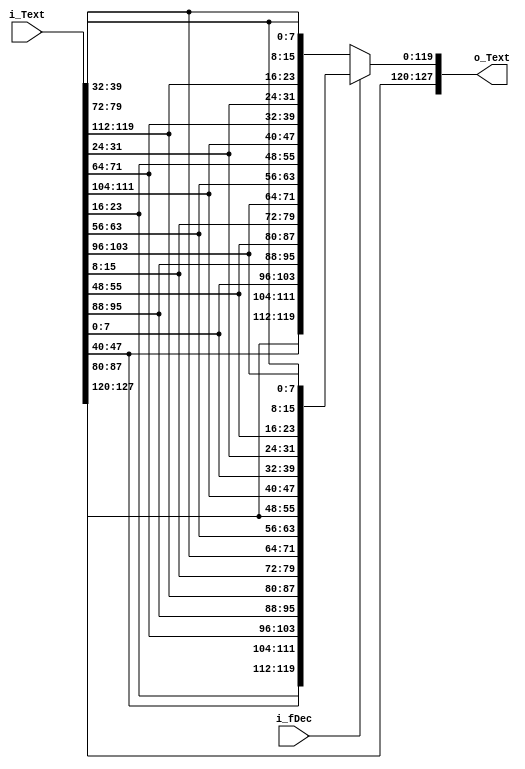
module ShiftRows (
    input [127:0] i_Text,
    input i_fDec,
    output reg [127:0] o_Text
);

always@* begin
    if(i_fDec) begin
        o_Text = {
            i_Text[127:120], i_Text[23:16], i_Text[47:40], i_Text[71:64],
            i_Text[95:88], i_Text[119:112], i_Text[15:8], i_Text[39:32],
            i_Text[63:56], i_Text[87:80], i_Text[111:104], i_Text[7:0],
            i_Text[31:24], i_Text[55:48], i_Text[79:72], i_Text[103:96]
        };
    end else begin
        o_Text = {
            i_Text[127:120], i_Text[87:80], i_Text[47:40], i_Text[7:0],
            i_Text[95:88], i_Text[55:48], i_Text[15:8], i_Text[103:96],
            i_Text[63:56], i_Text[23:16], i_Text[111:104], i_Text[71:64],
            i_Text[31:24], i_Text[119:112], i_Text[79:72], i_Text[39:32]
        };
    end
end

endmodule